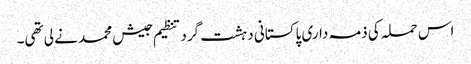
اس حملہ کی ذمہ داری پاکستانی دہشت گرد تنظیم جیش محمد نے لی تھی۔